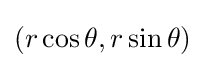
(r\cos \theta ,r\sin \theta )